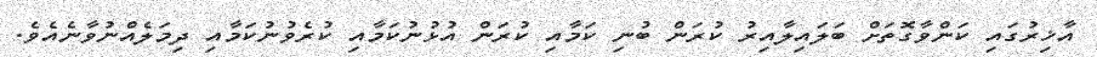
އާޚިރުގައި ކަންވާގޮތަށް ބަލައިލާއިރު ކުރަން ބުނި ކަމާއި ކުރަން އުޅުނުކަމާއި ކުރެވުނުކަމާއި ދިމަލެއްނުވާނެއެވެ.